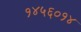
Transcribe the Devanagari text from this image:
१४५६०१४